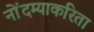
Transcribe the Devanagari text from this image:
नोंदम्याकरिता